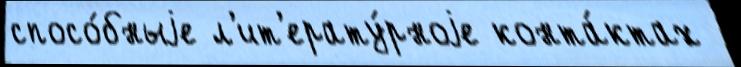
спосо́бныjе л'ит'ерату́рноjе конта́ктах